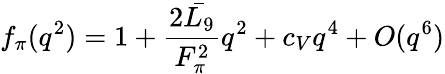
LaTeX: f_{\pi}(q^{2})=1+{\frac{2\bar{L_{9}}}{F_{\pi}^{2}}}q^{2}+c_{V}q^{4}+O(q^{6})